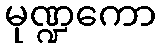
မုဏ္ဍကော